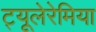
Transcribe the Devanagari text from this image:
ट्यूलेरेमिया